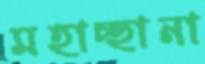
মহাচ্ছানা